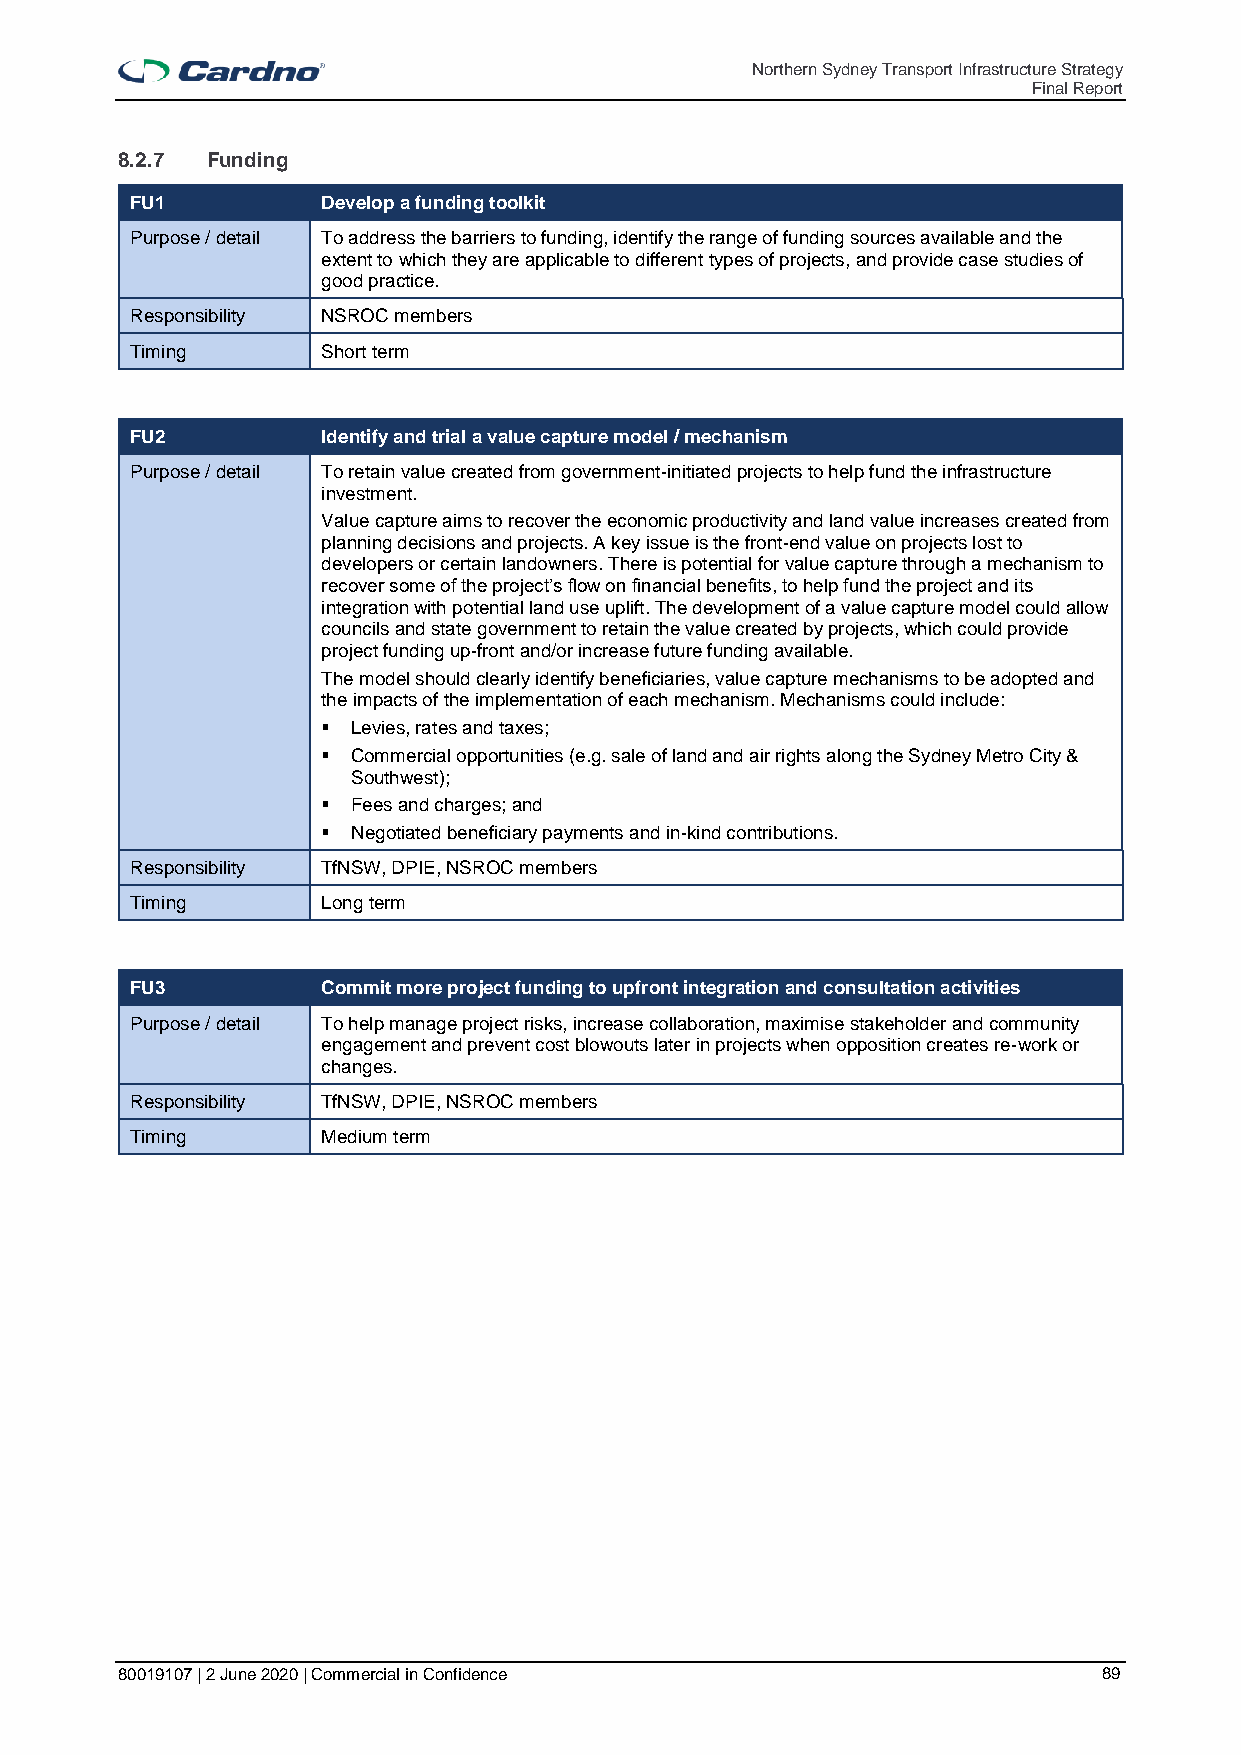
Northern Sydney Transport Infrastructure Strategy
 Final Report
 8.2.7 Funding
 FU1         Develop a funding toolkit
 Purpose / detail To address the barriers to funding, identify the range of funding sources available and the
 extent to which they are applicable to different types of projects, and provide case studies of
 good practice.
 Responsibility NSROC members
 Timing      Short term
 FU2         Identify and trial a value capture model / mechanism
 Purpose / detail To retain value created from government-initiated projects to help fund the infrastructure
 investment.
 Value capture aims to recover the economic productivity and land value increases created from
 planning decisions and projects. A key issue is the front-end value on projects lost to
 developers or certain landowners. There is potential for value capture through a mechanism to
 recover some of the project’s flow on financial benefits, to help fund the project and its
 integration with potential land use uplift. The development of a value capture model could allow
 councils and state government to retain the value created by projects, which could provide
 project funding up-front and/or increase future funding available.
 The model should clearly identify beneficiaries, value capture mechanisms to be adopted and
 the impacts of the implementation of each mechanism. Mechanisms could include:
 ▪ Levies, rates and taxes;
 ▪ Commercial opportunities (e.g. sale of land and air rights along the Sydney Metro City &
 Southwest);
 ▪ Fees and charges; and
 ▪ Negotiated beneficiary payments and in-kind contributions.
 Responsibility TfNSW, DPIE, NSROC members
 Timing      Long term
 FU3         Commit more project funding to upfront integration and consultation activities
 Purpose / detail To help manage project risks, increase collaboration, maximise stakeholder and community
 engagement and prevent cost blowouts later in projects when opposition creates re-work or
 changes.
 Responsibility TfNSW, DPIE, NSROC members
 Timing      Medium term
 80019107 | 2 June 2020 | Commercial in Confidence                89